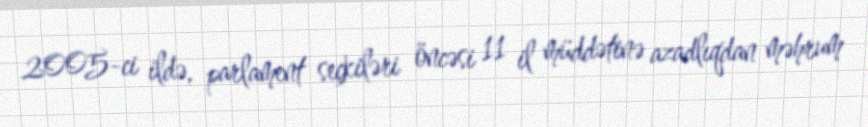
2005-ci ildə, parlament seçkiləri öncəsi 11 il müddətinə azadlıqdan məhrum